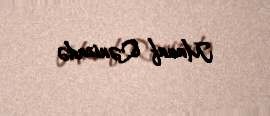
Manaf Qənizadə